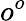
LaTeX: o^{o}